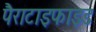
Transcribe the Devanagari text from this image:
पैराटाइफाइड